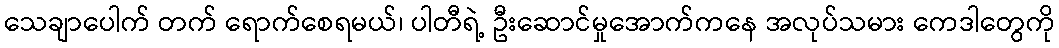
သေချာပေါက် တက် ရောက်စေရမယ်၊ ပါတီရဲ့ ဦးဆောင်မှုအောက်ကနေ အလုပ်သမား ကေဒါတွေကို